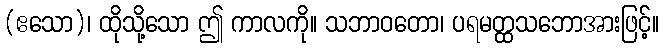
(ဧသော)၊ ထိုသို့သော ဤ ကာလကို။ သဘာဝတော၊ ပရမတ္ထသဘောအားဖြင့်။